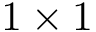
1 \times 1